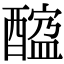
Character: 𨢠